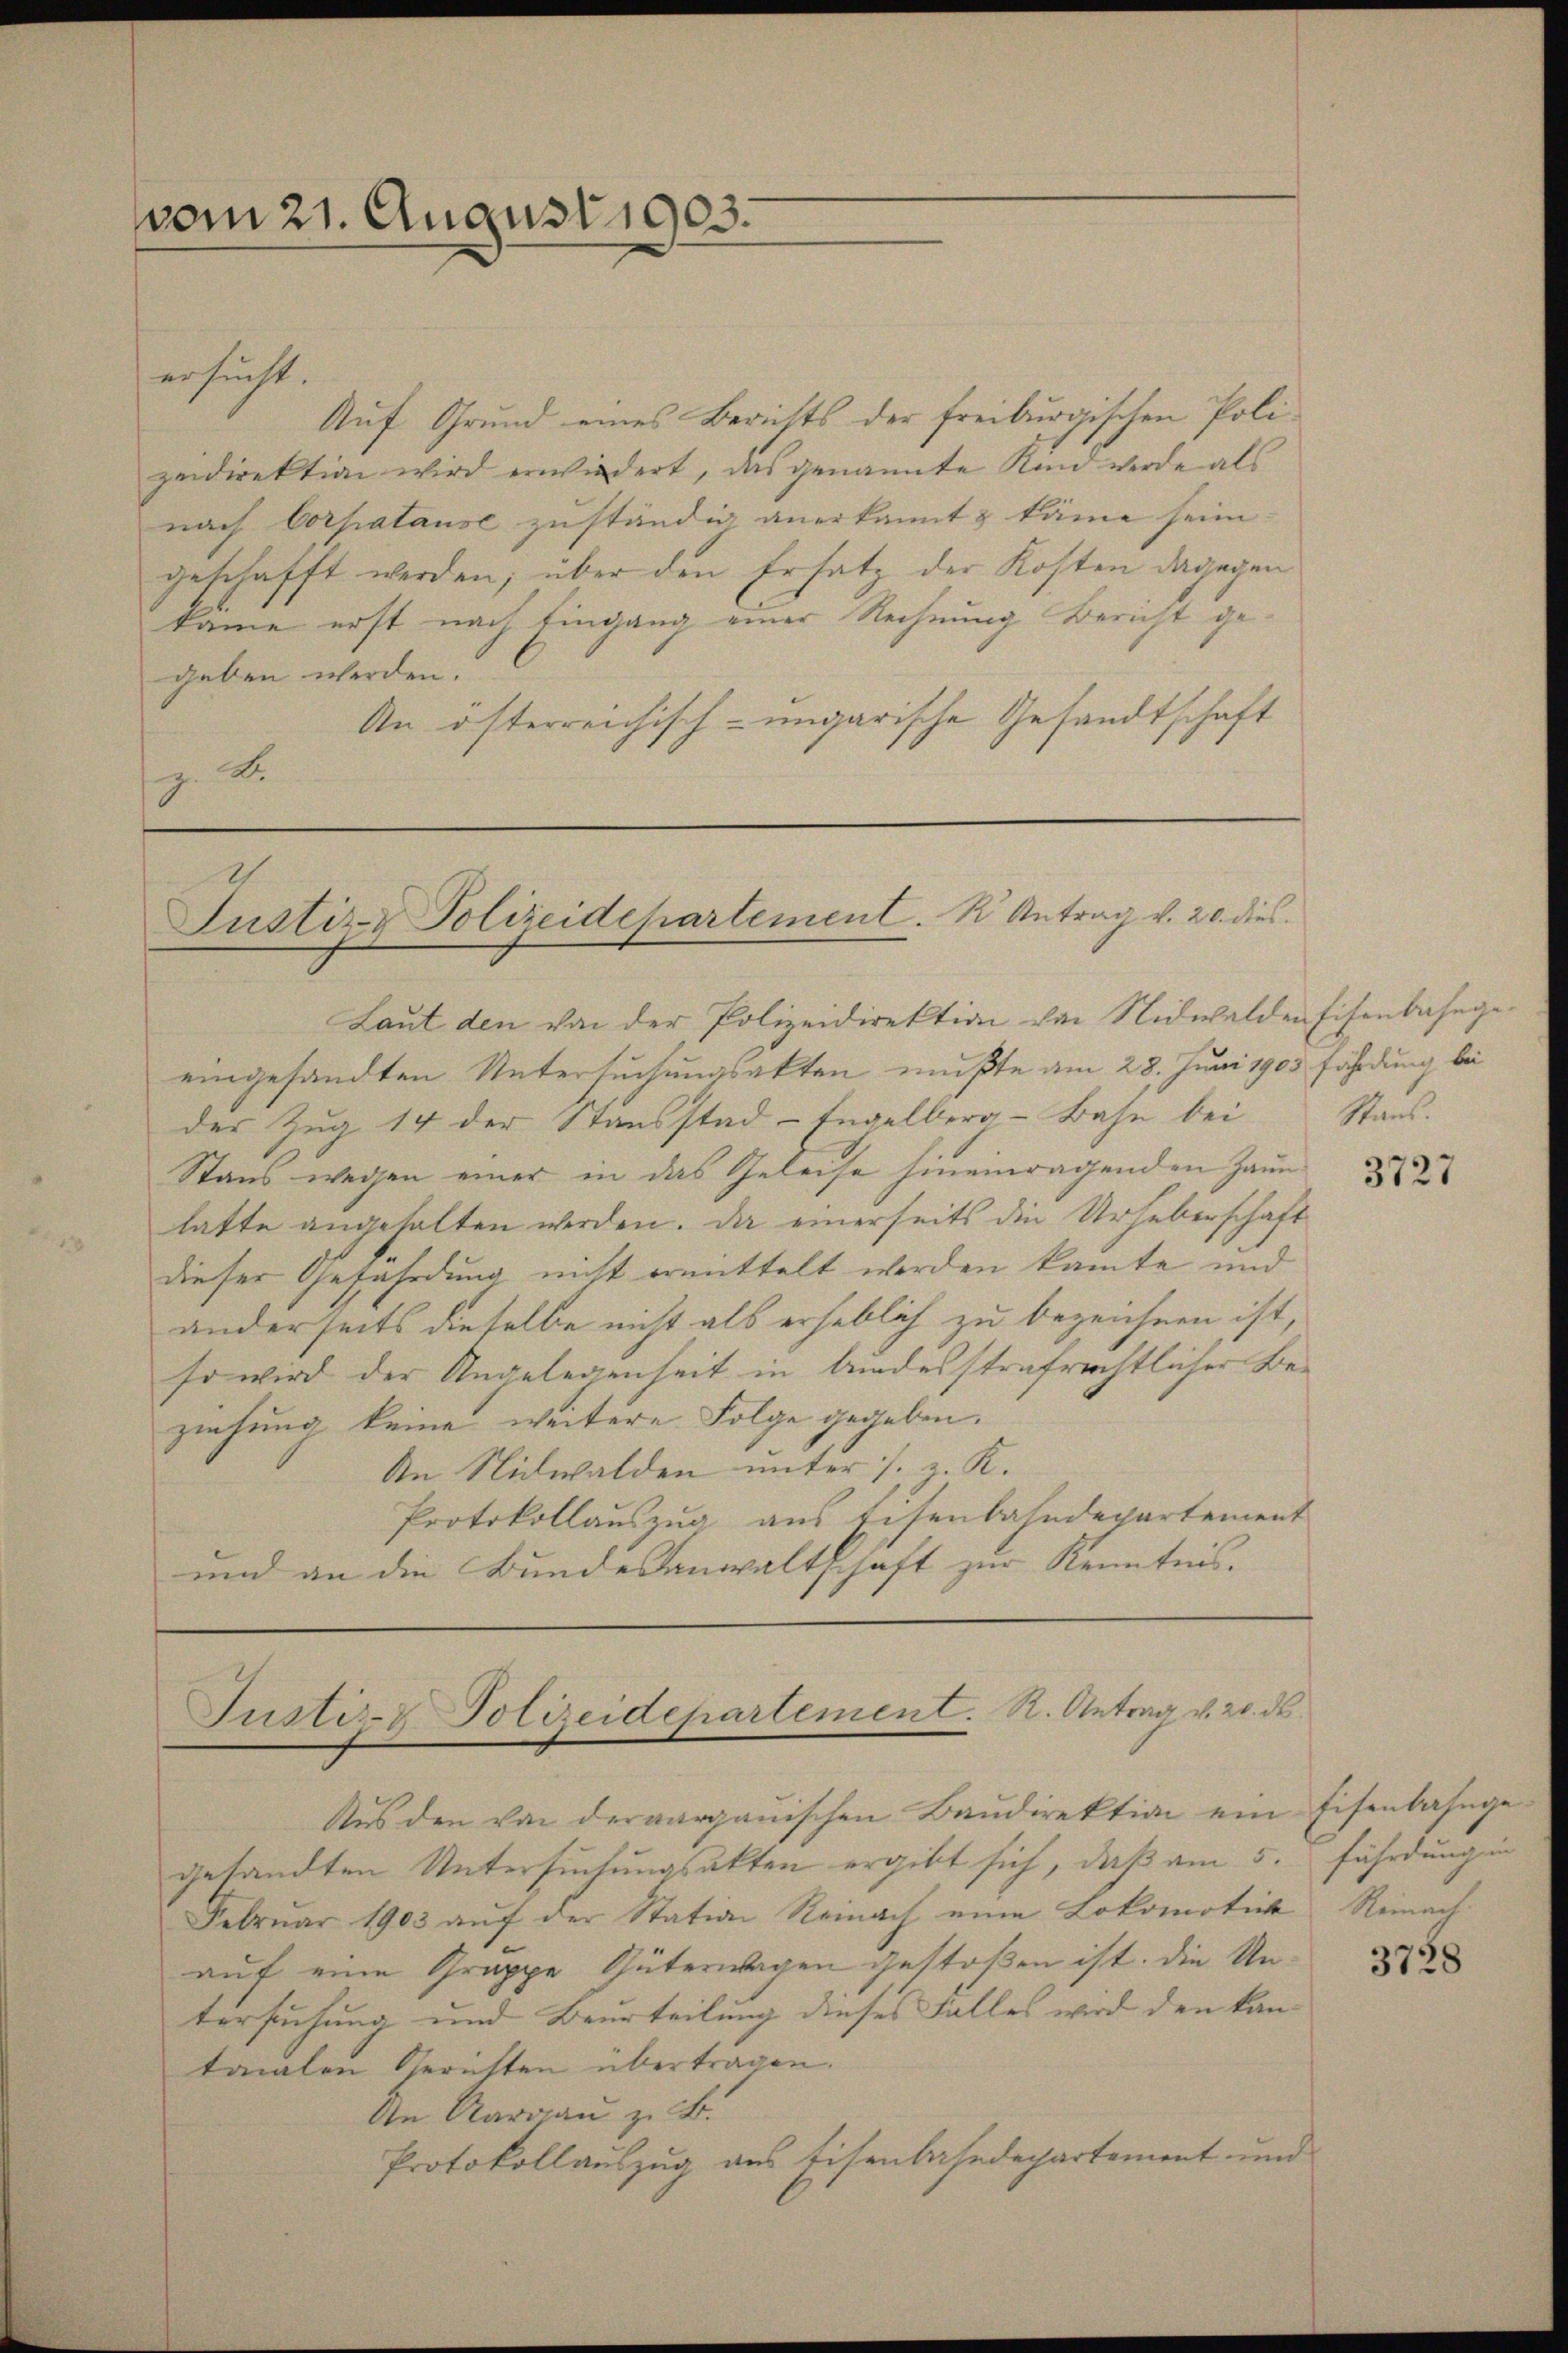
vom 21. August 1903.

ersucht.
Auf Grund eines Berichts der freiburgischen Polizeidirektion wird erwiedert, das genannte Kind werde als
nach Corpatause zuständig anerkannt & käme sein.
geschafft werden; über den Ersatz der Kosten dagegen
käme erst nach Eingang einer Rechnung Bericht gegeben werden.
An österreichisch-ungarische Gesandtschaft
z. B.

eingesandten Untersuchungsakten mußte am 28. Juni 1905 fährdung bei
der Zug 14 der Stausstad-Engelberg-Bahn bei Stans.
Stand wegen einer in das Geleise hineinragenden Zaunhatte angehalten werden. Da einerseits die Urheberschaft
dieser Gefährdung nicht ermittelt werden kannte und
anderseits dieselbe nicht als erheblich zu bezeichnen ist,
so wird der Angelegenheit in bundesstrafrechtlicher Beziehung keine weitere Folge gegeben.
An Nidwalden unter s. z. K.
Protokollauszug aus Eisenbahndepartement
und an die Bundesanwaltschaft zur Kenntnis.

Justiz- Polizeidehartement. K. Antrag v. 20. dies

Laut den von der Polizeidirektion von Nidwalden Eisenbahnge¬

Justiz-Polizeidepartement. R. Antrag v. 20. ds.

Aus den von der aargauischen Baŭdirektion ein Eisenbahnge-
gesandten Untersuchungsakten ergibt sich, daß am 5. fährdung in
Februar 1903 auf der Station Reinach eine Lokomotick Reinach
auf eine Gruppe Güterwagen gestoßen ist. Die Untersuchung und Beurteilung dieses Falles wird den kan-
tonalen Gerichten übertragen.
An Aargau zu B.
Protokollauszug aus Eisenbahndepartement und

3727

3728